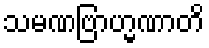
သမဏဗြာဟ္မဏာတိ